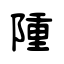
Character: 隀